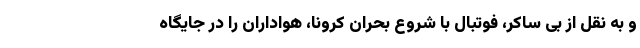
و به نقل از بی ساکر، فوتبال با شروع بحران کرونا، هواداران را در جایگاه